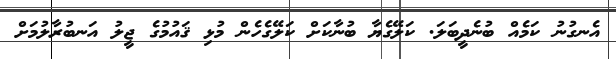
އެނގުނު ކަމެއް ބުނެދީބަލަ. ކަލޭގެޔާ ބުނާކަށް ކަލޭގެހެން މުޅި ޤައުމުގެ ޖީލު އަނބުރާލުމަށް